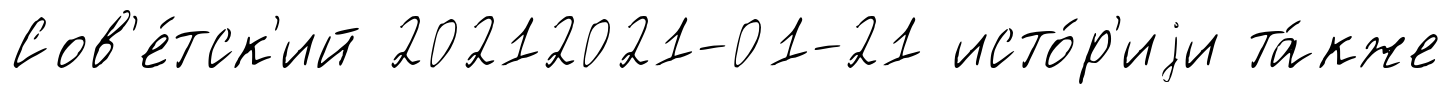
Сов'е́тск'ий 20212021-01-21 исто́р'иjи та́кже